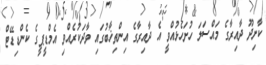
ކާށިދޫ ދާއިރާގެ މައްސަލަ ހުށަހެޅުއްވީ އެ ދާއިރާގެ އިންތިޚާބުގައި ވާދަކުރެއްވި އެމްޑީޕީގެ ކެންޑިޑޭޓް